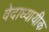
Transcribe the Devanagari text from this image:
वेदाध्यायीक